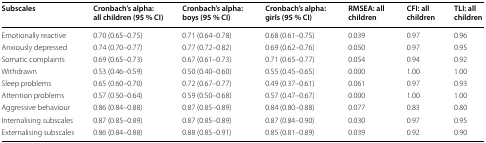
| Subscales | Cronbach’s alpha: all children (95 % CI) | Cronbach’s alpha: boys (95 % CI) | Cronbach’s alpha: girls (95 % CI) | RMSEA: all children | CFI: all children | TLI: all children |
 | --- | --- | --- | --- | --- | --- | --- |
 | Emotionally reactive | 0.70 (0.65–0.75) | 0.71 (0.64–0.78) | 0.68 (0.61–0.75) | 0.039 | 0.97 | 0.96 |
 | Anxiously depressed | 0.74 (0.70–0.77) | 0.77 (0.72–0.82) | 0.69 (0.62–0.76) | 0.050 | 0.97 | 0.95 |
 | Somatic complaints | 0.69 (0.65–0.73) | 0.67 (0.61–0.73) | 0.71 (0.65–0.77) | 0.054 | 0.94 | 0.92 |
 | Withdrawn | 0.53 (0.46–0.59) | 0.50 (0.40–0.60) | 0.55 (0.45–0.65) | 0.000 | 1.00 | 1.00 |
 | Sleep problems | 0.65 (0.60–0.70) | 0.72 (0.67–0.77) | 0.49 (0.37–0.61) | 0.061 | 0.97 | 0.93 |
 | Attention problems | 0.57 (0.50–0.64) | 0.59 (0.50–0.68) | 0.57 (0.47–0.67) | 0.000 | 1.00 | 1.00 |
 | Aggressive behaviour | 0.86 (0.84–0.88) | 0.87 (0.85–0.89) | 0.84 (0.80–0.88) | 0.077 | 0.83 | 0.80 |
 | Internalising subscales | 0.87 (0.85–0.89) | 0.87 (0.85–0.89) | 0.87 (0.84–0.90) | 0.030 | 0.97 | 0.95 |
 | Externalising subscales | 0.86 (0.84–0.88) | 0.88 (0.85–0.91) | 0.85 (0.81–0.89) | 0.039 | 0.92 | 0.90 |